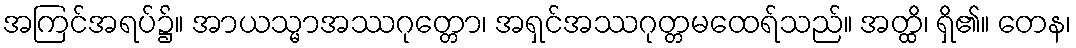
အကြင်အရပ်၌။ အာယသ္မာအဿဂုတ္တော၊ အရှင်အဿဂုတ္တမထေရ်သည်။ အတ္ထိ၊ ရှိ၏။ တေန၊